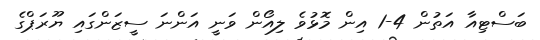
ބަސްޓިއާ އަތުން 4-1 އިން މޮޅުވެ ލިއޯން ވަނީ އަންނަ ސީޒަންގައި ޔޫރަޕްގެ